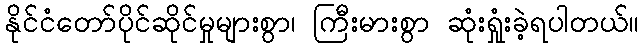
နိုင်ငံတော်ပိုင်ဆိုင်မှုများစွာ၊ ကြီးမားစွာ ဆုံးရှုံးခဲ့ရပါတယ်။